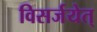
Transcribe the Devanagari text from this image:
विसर्जयेत्